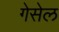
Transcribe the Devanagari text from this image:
गेसेल